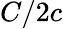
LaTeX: C/2c